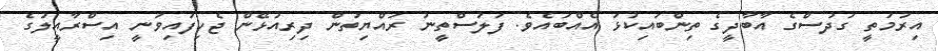
އިރުމަތީ ގުދުސްގެ އާބާދީގެ ތިންބައިކުޅަ އެއްބައެވެ. ފަލަސްތީނު ރައްޔިތުން ދިރިއުޅޭން ޖެހިފައިވަނީ އިސްރާއީލުގެ